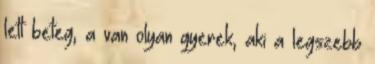
lett beteg, a van olyan gyerek, aki a legszebb